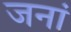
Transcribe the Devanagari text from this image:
जनां